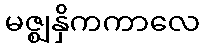
မဇ္ဈနှိကကာလေ